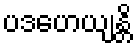
ပဒဟေယျန္တိ